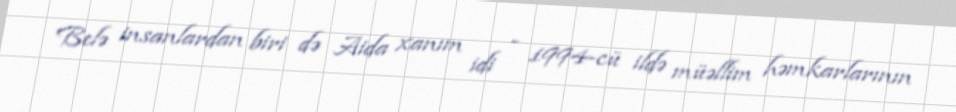
Belə insanlardan biri də Aida xanım idi - 1994-cü ildə müəllim həmkarlarının